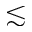
\lesssim